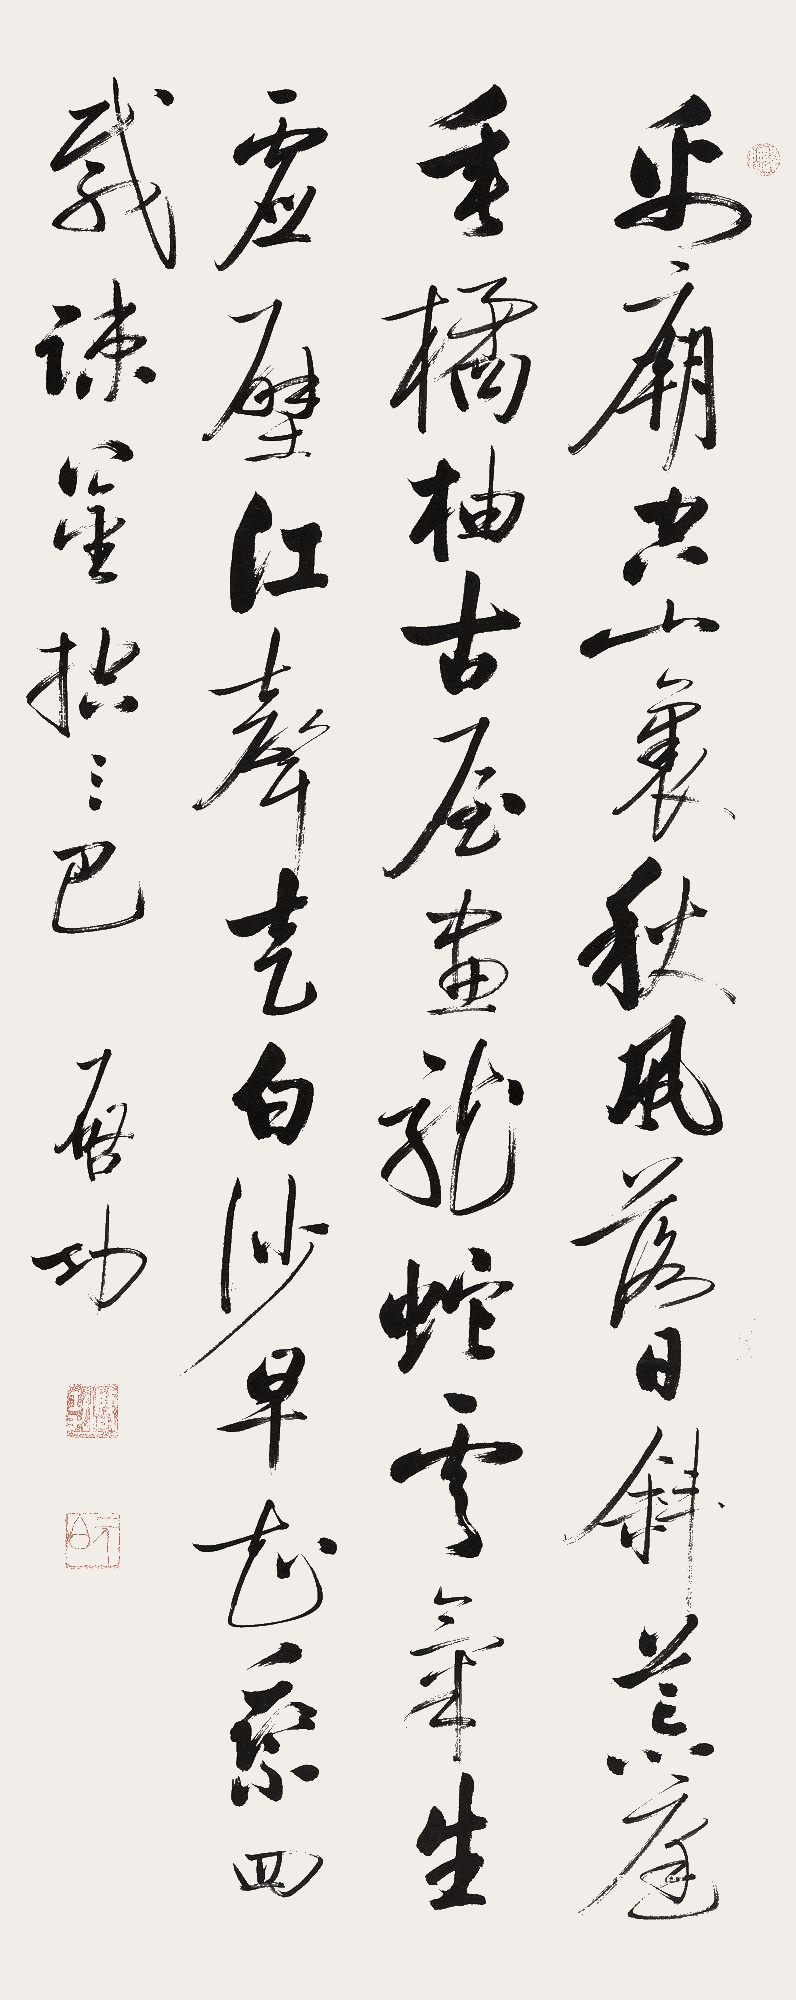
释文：禹庙空山里，秋风落日斜。荒庭垂橘柚，古屋画龙蛇。云气生虚壁，江声走白沙。早知乘四载，疏凿控三巴。启功